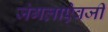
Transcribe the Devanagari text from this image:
जंगलाऐवजी